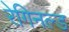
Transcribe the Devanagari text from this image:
रेगिनल्ड